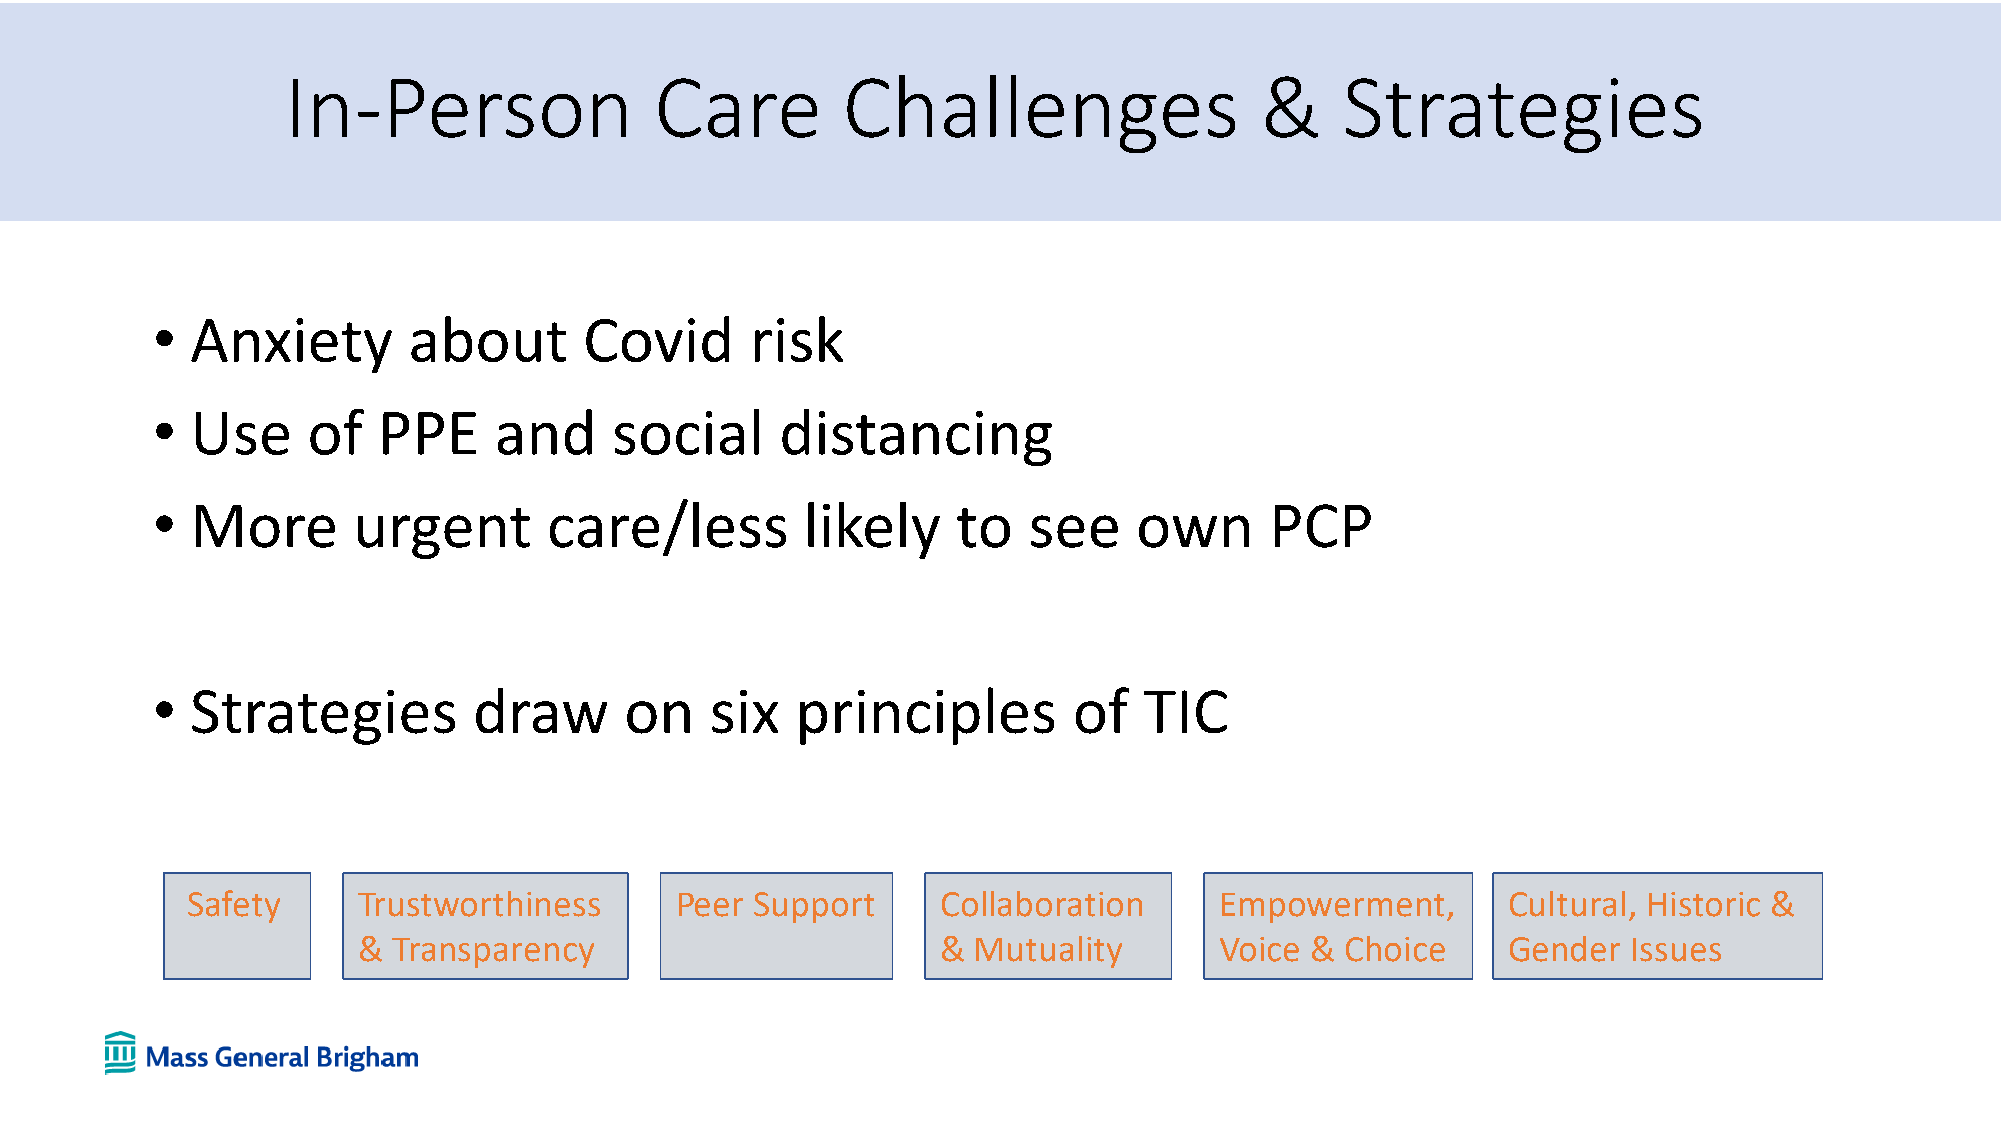
In-Person               Care         Challenges                 &     Strategies
 •  Anxiety       about       Covid      risk
 •  Use    of   PPE     and    social      distancing
 •  More      urgent       care/less        likely    to   see    own      PCP
 •  Strategies        draw      on    six   principles        of   TIC
 Safety      Trustworthiness      Peer Support     Collaboration      Empowerment,       Cultural, Historic &
 & Transparency                        & Mutuality        Voice & Choice     Gender  Issues